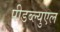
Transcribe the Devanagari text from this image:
पीडब्ल्युएल